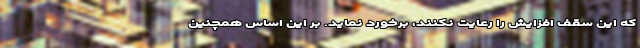
که این سقف افزایش را رعایت نکنند، برخورد نماید. بر این اساس همچنین